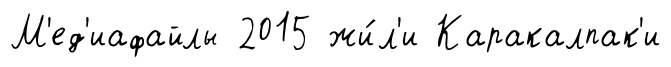
М'ед'иафайлы 2015 жи́л'и Каракалпак'и